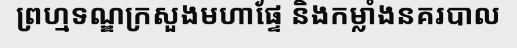
ព្រហ្មទណ្ឌក្រសួងមហាផ្ទែ និងកម្លាំងនគរបាល